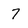
Character: 7